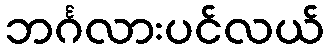
ဘင်္ဂလားပင်လယ်